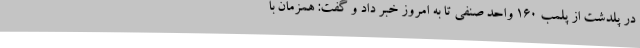
در پلدشت از پلمب 160 واحد صنفی تا به امروز خبر داد و گفت: همزمان با